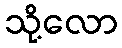
သို့လော